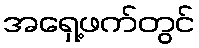
အရှေ့ဖက်တွင်